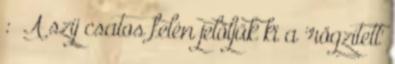
: A szíj csatos felén jelöljük ki a 'rögzített'